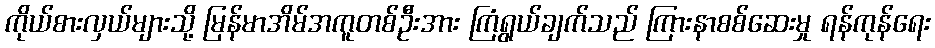
ကိုယ်စားလှယ်များသို့ မြန်မာအိမ်အကူတစ်ဦးအား ကြံရွယ်ချက်သည် ကြားနာစစ်ဆေးမှု ရန်ကုန်ရေး